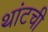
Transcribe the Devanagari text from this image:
थांटची